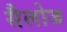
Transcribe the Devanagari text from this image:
सैलोज